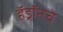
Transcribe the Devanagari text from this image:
हॅड्रॉनचे